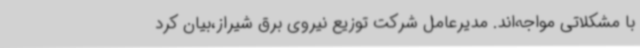
با مشکلاتی مواجه‌اند. مدیرعامل شرکت توزیع نیروی برق شیراز،بیان کرد